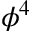
\phi ^ { 4 }